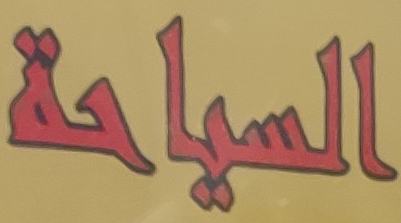
السياحة